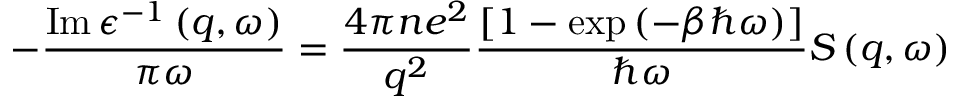
- \frac { \operatorname { I m } \epsilon ^ { - 1 } \left( q , \omega \right) } { \pi \omega } = \frac { 4 \pi n e ^ { 2 } } { q ^ { 2 } } \frac { \left[ 1 - \exp \left( - \beta \hbar \omega \right) \right] } { \hbar \omega } S \left( q , \omega \right)